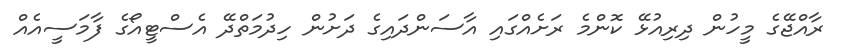
ރާއްޖޭގެ މީހުން ދިރިއުޅޭ ކޮންމެ ރަށެއްގައި އާސަންދައިގެ ދަށުން ހިދުމަތްދޭ އެސްޓީއޯގެ ފާމަސީއެއް